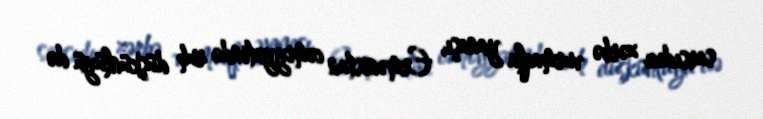
sarsıdıcı zərbə vurmaqla yanaşı, Ermənistan cəmiyyətində ruh düşkünlüyü də